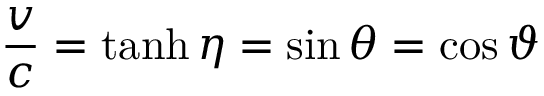
{ \frac { v } { c } } = \operatorname { t a n h } \eta = \sin \theta = \cos \vartheta